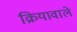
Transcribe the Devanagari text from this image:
क्रियावाले